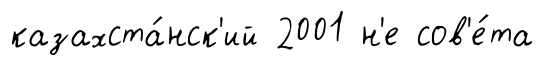
казахста́нск'ий 2001 н'е сов'е́та